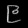
Digit: ၉